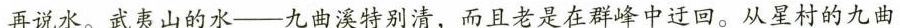
再说水。武夷山的水--九曲溪特别清，而且老是在群峰中迂回。从星村的九曲